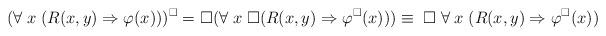
LaTeX: \begin{align*}(\forall \; x \; (R(x,y) \Rightarrow \varphi(x)))^{\Box} = \Box (\forall \; x \; \Box (R(x,y) \Rightarrow \varphi^{\Box}(x))) \equiv \; \Box \; \forall \; x \; (R(x,y) \Rightarrow \varphi^{\Box}(x))\end{align*}